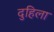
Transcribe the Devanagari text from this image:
दुहिला